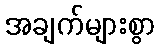
အချက်များစွာ